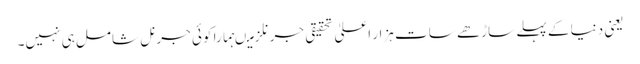
یعنی دنیا کے پہلے ساڑھے سات ہزار اعلیٰ تحقیقی جرنلز میںہمارا کوئی جرنل شامل ہی نہیں۔